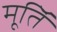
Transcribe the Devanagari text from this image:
मूतिॅ